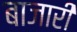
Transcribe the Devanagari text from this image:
बाजारीं